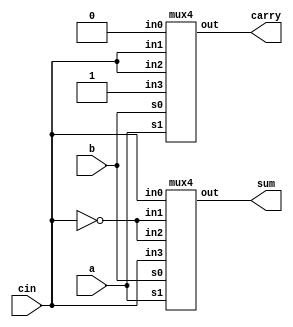
// Design a full-adder using suitable multiplexer.

module fa_using_mux4 (output sum,
                      output carry,
                      input a, b,
                      input cin);

/*
Truth table
    a,b,cin : sum,carry
    0,0,0   :   0,0
    0,0,1   :   1,0
    0,1,0   :   1,0
    0,1,1   :   0,1
    1,0,0   :   1,0
    1,0,1   :   0,1
    1,1,0   :   0,1
    1,1,1   :   1,1
*/

// Could have used a 8:1 mux by making cin as another select line

// To implement using 4:1 mux, cbar is made to use

// taking a, b as select line
wire cin_b;         // inverted cin
not (cin_b, cin);
mux4 M1(sum, a,b, cin, cin_b, cin_b, cin);
mux4 M2(carry, a,b, 1'b0, cin, cin, 1'b1);

endmodule

module mux4(output out,
            input s1,s0,
            input in0, in1, in2, in3);

// A typical mux with output out represented in the form of and or configuration.

/*

Truth table
    s1, s0 : out
    0   0  : in0
    0   1  : in1
    1   0  : in2
    1   1  : in3
    each output is simply rewritten as in_ & 1 where 1 comes from combination of s1,s0.

*/

assign out = (in0 & ~s1 & ~s0) | 
             (in1 & ~s1 & s0) | 
             (in2 & s1 & ~s0) | 
             (in3 & s1 & s0);

endmodule